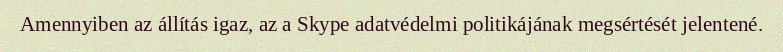
Amennyiben az állítás igaz, az a Skype adatvédelmi politikájának megsértését jelentené.